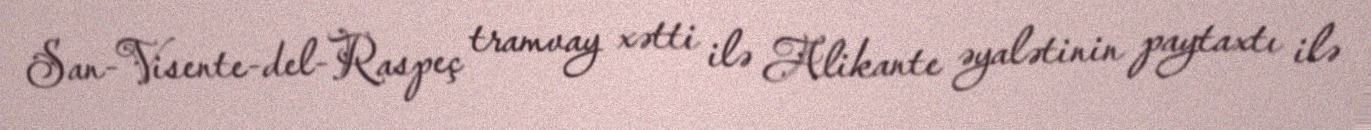
San-Visente-del-Raspeç tramvay xətti ilə Alikante əyalətinin paytaxtı ilə